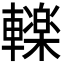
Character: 𮝩